Indian journal of veterinary science and animal husbandry - Volume 7,
Year: 1937
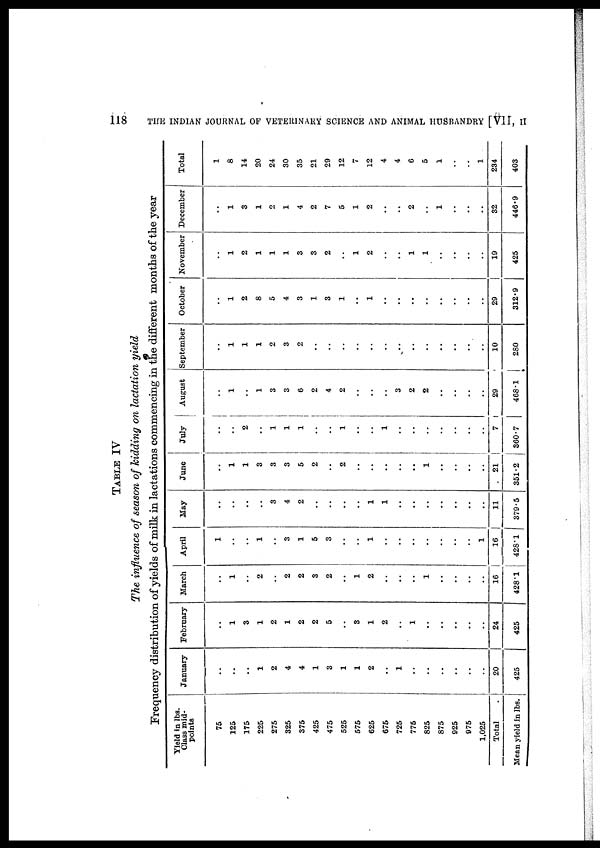
118
THE INDIAN JOURNAL OF VETERINARY SCIENCE AND ANIMAL HUSBANDRY [VII,
II
TABLE IV
The influence of season of kidding on lactation yield
Frequency distribution of yields of milk in lactations commencing in the different months of the year
Yield in lbs.
Class mid-
points
75
125
175
225
275
325
375
425
475
525
575
625
675
725
775
825
875
925
975
1,025
Total .
Mean yield in lbs.
January
..
..
..
1
2
4
4
1
3
1
1
2
..
1
..
..
..
..
..
..
20
425
February
..
1
3
1
2
1
2
2
5
..
3
1
2
..
..
..
..
..
..
..
24
425
March
..
1
..
2
..
2
2
3
2
..
1
2
..
..
..
1
..
..
..
..
16
428.1
April
1
..
..
1
..
3
1
5
3
..
..
1
..
..
..
..
..
..
..
1
16
428.1
May
..
..
..
..
3
4
2
..
..
..
..
1
1
..
..
..
..
..
..
..
11
379.5
June
..
1
1
3
3
3
5
2
..
2
..
..
..
..
..
1
..
..
..
..
21
351.2
July
..
..
2
..
1
1
1
..
..
1
..
..
1
..
..
..
..
..
..
..
7
360.7
August
..
1
..
1
3
3
6
2
4
2
..
..
..
3
2
2
..
..
..
..
29
468.1
September
..
1
1
1
2
3
2
..
..
..
..
..
..
..
..
..
..
..
..
..
10
280
October
..
1
2
8
5
4
3
1
3
1
..
1
..
..
..
..
..
..
..
..
29
312.9
November
..
1
2
1
1
1
3
3
2
..
1
2
..
..
1
1
..
..
..
..
19
425
December
..
1
3
1
2
1
4
2
7
5
1
2
..
..
2
..
1
..
..
..
32
446.9
Total
1
8
14
20
24
30
35
21
29
12
7
12
4
4
6
5
1
..
..
1
234
403